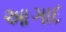
આઞાદ